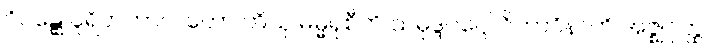
ဝိဝဋ္ဋေ ပူရိတကာလတော တိသု ဓမ္မရုစီတိ သမုဒ္ဒဝဂ္ဂေါ ဝိဘာဝိနာတိ အဇ္ဈဂုတ္ထ